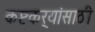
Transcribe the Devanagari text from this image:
कष्टकर्‍यांसाठी